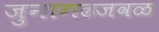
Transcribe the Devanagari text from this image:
जुनागढजवळ